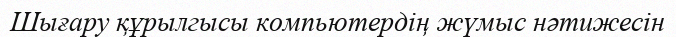
Шығару құрылгысы компьютердің жүмыс нәтижесін